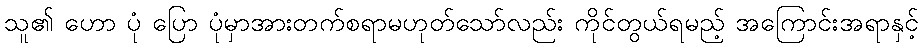
သူ၏ ဟော ပုံ ပြော ပုံမှာအားတက်စရာမဟုတ်သော်လည်း ကိုင်တွယ်ရမည့် အကြောင်းအရာနှင့်